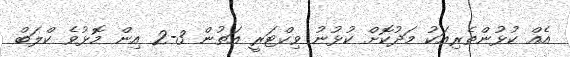
އެއް ކުޅުންތެރިއަކު މަދުކޮށް ކުޅުނު ވިކްޓަރީ އަތުން 3-2 އިން މޮޅުވެ ކްލަބް